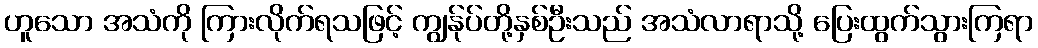
ဟူသော အသံကို ကြားလိုက်ရသဖြင့် ကျွန်ုပ်တို့နှစ်ဦးသည် အသံလာရာသို့ ပြေးထွက်သွားကြရာ